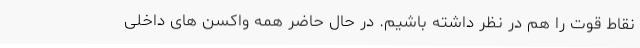
نقاط قوت را هم در نظر داشته باشیم. در حال حاضر همه واکسن های داخلی